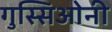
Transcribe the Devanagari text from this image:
गुस्सिओनी